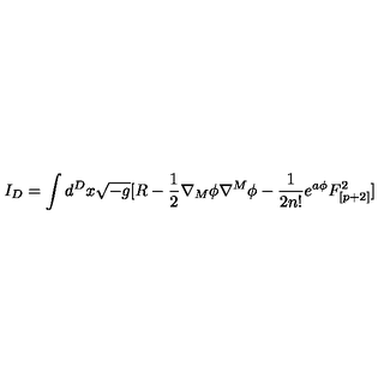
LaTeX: I _ { D } = \int d ^ { D } x \sqrt { - g } [ R - { \frac { 1 } { 2 } } \nabla _ { M } \phi \nabla ^ { M } \phi - { \frac { 1 } { 2 n ! } } e ^ { a \phi } F _ { [ p + 2 ] } ^ { 2 } ]